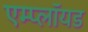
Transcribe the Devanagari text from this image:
एम्प्लॉयड